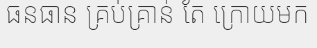
ធនធាន គ្រប់គ្រាន់ តែ ក្រោយមក